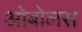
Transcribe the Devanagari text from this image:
ओबोलस